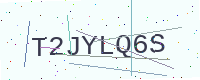
Text: T2JYLQ6S